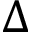
\Delta